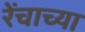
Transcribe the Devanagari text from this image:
रेंचाच्या